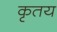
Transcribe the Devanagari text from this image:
कृतय